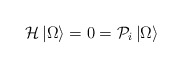
\begin{align*}{\cal {H}}\left| \Omega \right> =0={\cal {P}}_{i}\left| \Omega \right>\end{align*}